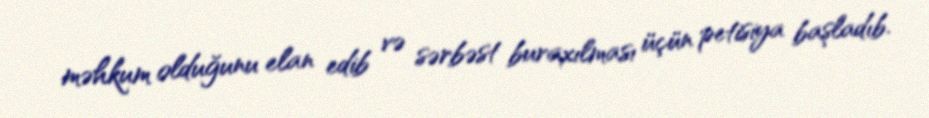
məhkum olduğunu elan edib və sərbəst buraxılması üçün petisiya başladıb.